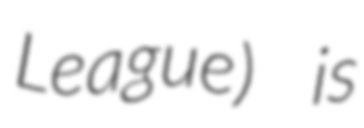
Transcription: League) is